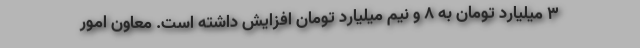
۳ میلیارد تومان به ۸ و نیم میلیارد تومان افزایش داشته است. معاون امور